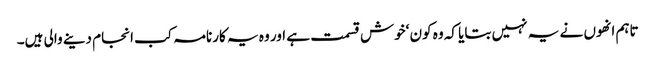
تاہم انھوں نے یہ نہیں بتایا کہ وہ کون ‘خوش قسمت ہے اور وہ یہ کارنامہ کب انجام دینے والی ہیں۔